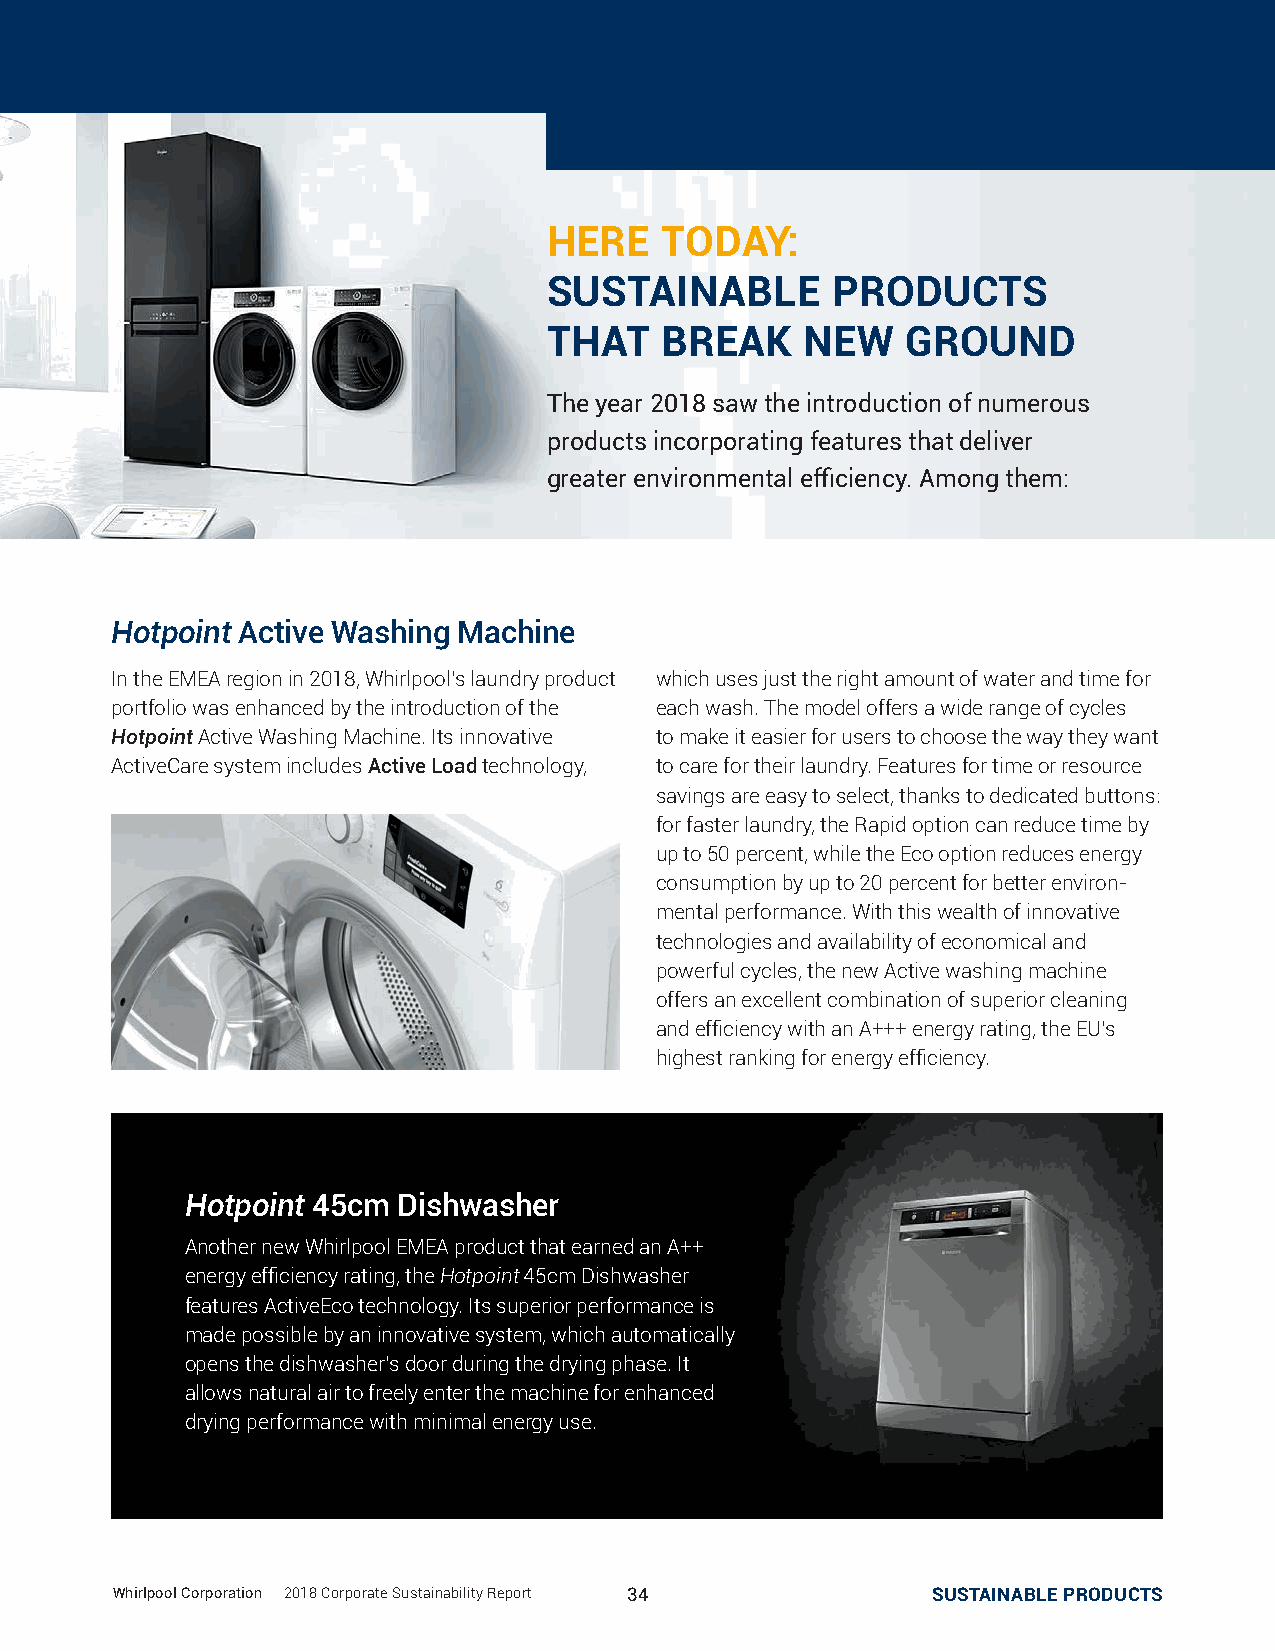
HERE    TODAY:
 SUSTAINABLE        PRODUCTS
 THAT    BREAK    NEW    GROUND
 The year 2018 saw the introduction of numerous
 products incorporating features that deliver
 greater environmental efficiency. Among them:
 Hotpoint Active Washing Machine
 In the EMEA region in 2018, Whirlpool’s laundry product which uses just the right amount of water and time for
 portfolio was enhanced by the introduction of the each wash. The model offers a wide range of cycles
 Hotpoint Active Washing Machine. Its innovative to make it easier for users to choose the way they want
 ActiveCare system includes Active Load technology, to care for their laundry. Features for time or resource
 savings are easy to select, thanks to dedicated buttons:
 for faster laundry, the Rapid option can reduce time by
 up to 50 percent, while the Eco option reduces energy
 consumption by up to 20 percent for better environ-
 mental performance. With this wealth of innovative
 technologies and availability of economical and
 powerful cycles, the new Active washing machine
 offers an excellent combination of superior cleaning
 and efficiency with an A+++ energy rating, the EU’s
 highest ranking for energy efficiency.
 Hotpoint 45cm Dishwasher
 Another new Whirlpool EMEA product that earned an A++
 energy efficiency rating, the Hotpoint 45cm Dishwasher
 features ActiveEco technology. Its superior performance is
 made possible by an innovative system, which automatically
 opens the dishwasher’s door during the drying phase. It
 allows natural air to freely enter the machine for enhanced
 drying performance with minimal energy use.
 WWhhiirrllppooooll CCoorrppoorraattiioonn || 22001188 CCoorrppoorraattee SSuussttaaiinnaabbiilliittyy RReeppoorrtt 3344 SSUUSSTTAAIINNAABBLLEE PPRROODDUUCCTTSS